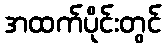
အထက်ပိုင်းတွင်